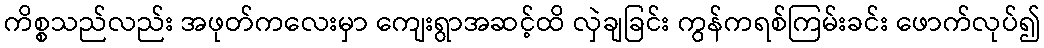
ကိစ္စသည်လည်း အဖုတ်ကလေးမှာ ကျေးရွာအဆင့်ထိ လှဲချခြင်း ကွန်ကရစ်ကြမ်းခင်း ဖောက်လုပ်၍